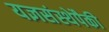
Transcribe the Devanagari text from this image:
यज्ञसंस्थेपैकी